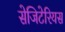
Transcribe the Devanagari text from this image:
सेजिटेरियस